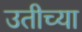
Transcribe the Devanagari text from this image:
उतीच्या